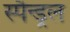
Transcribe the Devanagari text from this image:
स्पैन्ड्रल